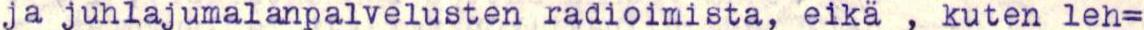
ja juhlajumalanpalvelusten radioimista, eikä , kuten leh=